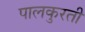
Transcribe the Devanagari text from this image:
पालकुरती